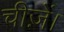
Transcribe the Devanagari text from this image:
चीज़ें।